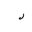
Letter: _lam